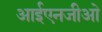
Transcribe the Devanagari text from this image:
आईएनजीओ